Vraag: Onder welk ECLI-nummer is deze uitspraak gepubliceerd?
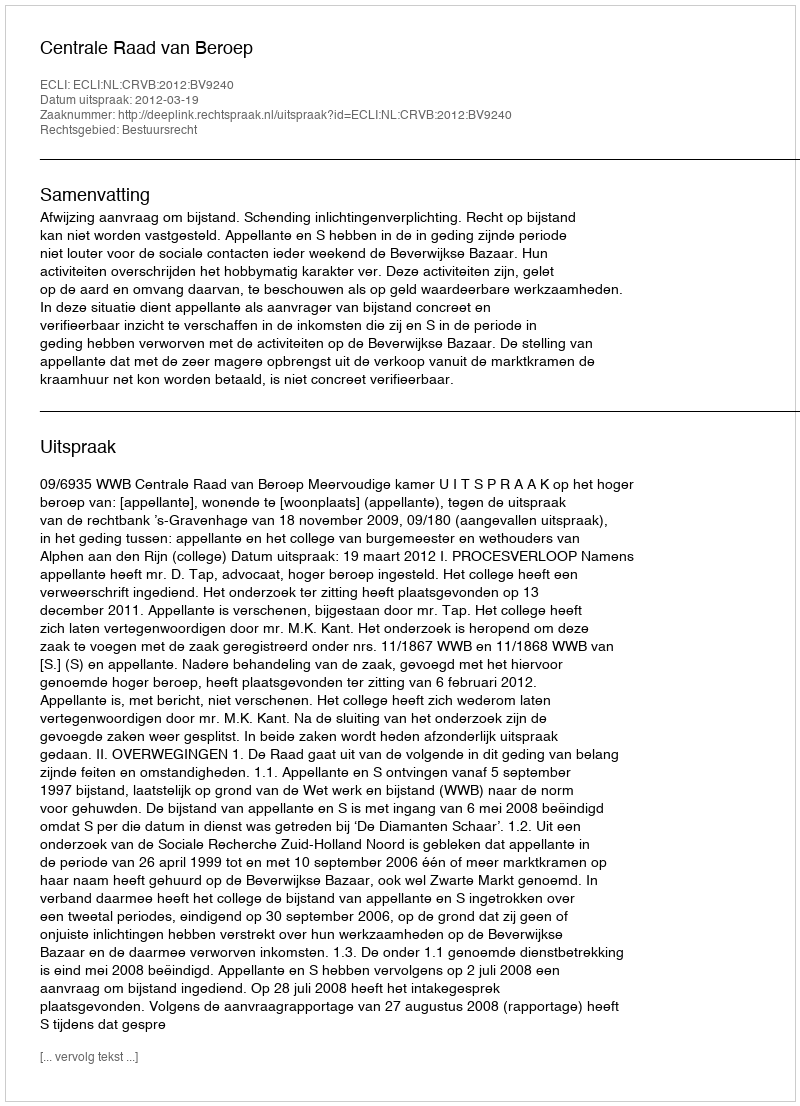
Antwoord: ECLI:NL:CRVB:2012:BV9240